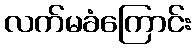
လက်မခံကြောင်း